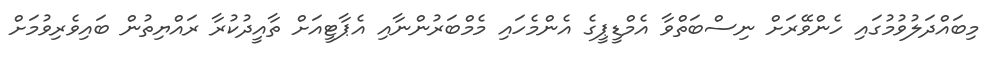
މިބައްދަލުވުމުގައި ހެންވޭރަށް ނިސްބަތްވާ އެމްޑީޕީގެ އެންމެހައި މެމްބަރުންނާއި އެޕާޓީއަށް ތާއީދުކުރާ ރައްޔިތުން ބައިވެރިވުމަށް